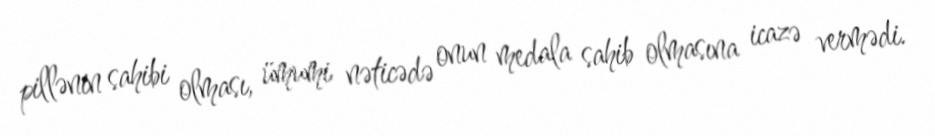
pillənin sahibi olması, ümumi nəticədə onun medala sahib olmasına icazə vermədi.